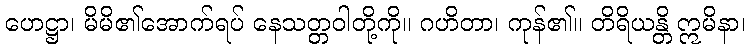
ဟေဋ္ဌာ၊ မိမိ၏အောက်ရပ် နေသတ္တဝါတို့ကို။ ဂဟိတာ၊ ကုန်၏။ တိရိယန္တိ ဣမိနာ၊